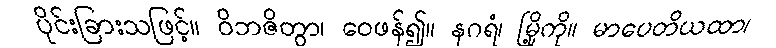
ပိုင်းခြားသဖြင့်။ ဝိဘဇိတွာ၊ ဝေဖန်၍။ နဂရံ၊ မြို့ကို။ မာပေတိယထာ၊